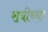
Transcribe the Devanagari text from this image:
रात्रीच्या